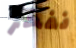
نفخر